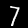
Digit: 7